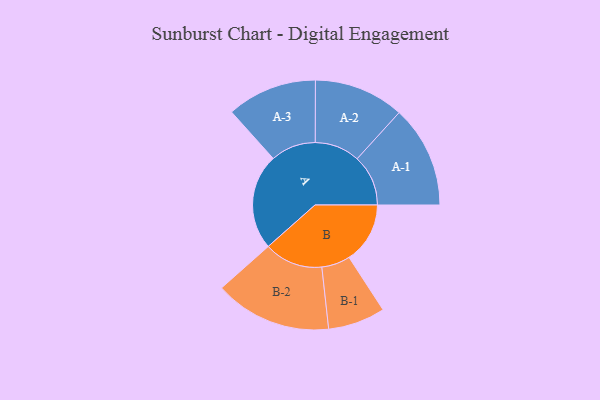
{"axis": {"x": "Segment", "y": "Value"}, "legend": ["", "A", "B"], "data": [{"x": "A", "y": 483, "type": ""}, {"x": "B", "y": 307, "type": ""}, {"x": "A-1", "y": 257, "type": "A"}, {"x": "A-2", "y": 227, "type": "A"}, {"x": "A-3", "y": 227, "type": "A"}, {"x": "B-1", "y": 144, "type": "B"}, {"x": "B-2", "y": 295, "type": "B"}]}